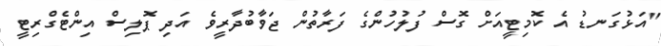
"އަޅުގަނޑު އެ ކޮމިޓީއަށް ގޮސް ފުލުހުންގެ ފަރާތުން ޖަވާބުދާރީވެ އަދި ޕޮލިސް އިންޓެގްރިޓީ